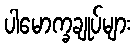
ပါမောက္ခချုပ်များ